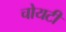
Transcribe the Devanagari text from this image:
चोयटी